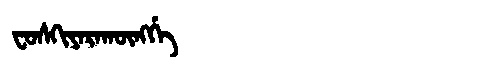
Manchu: ᠸᠣᠰᡴᡳᠶᠠᡵᠠᡴᡡᠩᡤᡝ
Romanization: FOSKIYARAKŪNGGE